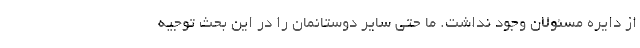
از دایره مسئولان وجود نداشت. ما حتی سایر دوستانمان را در این بحث توجیه